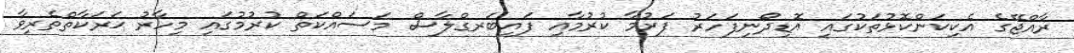
ރާއްޖޭގެ އެކިކަންކޮޅުތަކުގައި އޮޑިދޯނިފަހަރު ފަރުމާ ކުރުމާއި ފައިބަރގްލާސް މަސައްކަތް ކުރުމުގައި މިހާރު ޙަރަކާތްތެރިވާ